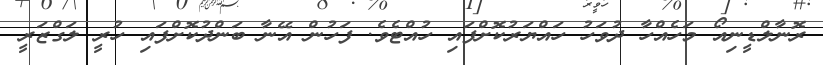
ރޮނާލްޑީނިއޯ މަހެއްހާ ދުވަހު ހައްޔަރުކޮށްފައި ހުއްޓެވެ. ފަހުން އޭނާ ބަންދުކޮށްފައި ހުރީ ލަގްޒަރީ